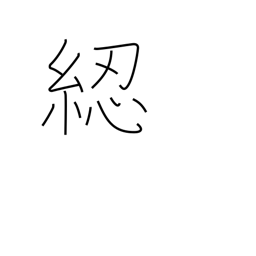
Meaning: reel